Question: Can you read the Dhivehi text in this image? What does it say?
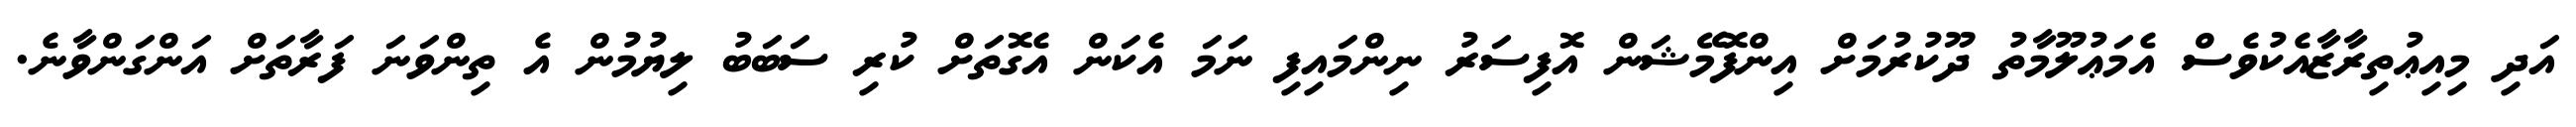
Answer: އަދި މިއިޢުތިރާޒާއެކުވެސް އެމަޢުލޫމާތު ދޫކުރުމަށް އިންފޮމޭޝަން އޮފިސަރު ނިންމައިފި ނަމަ އެކަން އެގޮތަށް ކުރި ސަބަބު ލިޔުމުން އެ ތިންވަނަ ފަރާތަށް އަންގަންވާނެ.